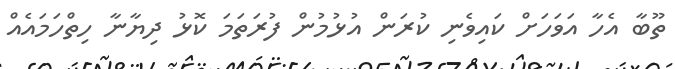
ތޫބާ އެހާ އަވަހަށް ކައިވެނި ކުރަން އުޅުމުން ފުރަތަމަ ކޮޅު ދިޔާނާ ހިތްހަމައެއް